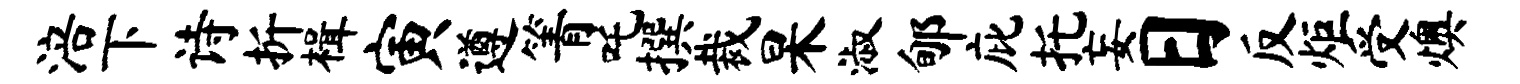
涪下诗折楫寅遵箐吒撰裁杲淑郇庇托妄日反炬受燠